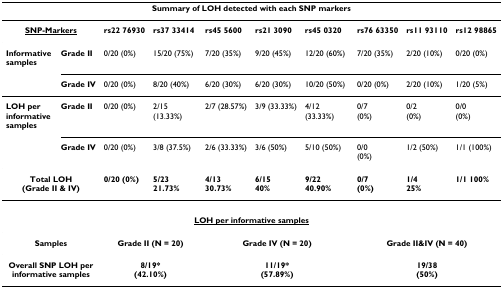
<table><thead><tr><td colspan="10"><b>Summary of LOH detected with each SNP markers</b></td></tr></thead><tbody><tr><td colspan="2"><b><underline>SNP-Markers</underline></b></td><td><b>rs22 76930</b></td><td><b>rs37 33414</b></td><td><b>rs45 5600</b></td><td><b>rs21 3090</b></td><td><b>rs45 0320</b></td><td><b>rs76 63350</b></td><td><b>rs11 93110</b></td><td><b>rs12 98865</b></td></tr><tr><td><b>Informative samples</b></td><td><b>Grade II</b></td><td>0/20 (0%)</td><td>15/20 (75%)</td><td>7/20 (35%)</td><td>9/20 (45%)</td><td>12/20 (60%)</td><td>7/20 (35%)</td><td>2/20 (10%)</td><td>0/20 (0%)</td></tr><tr><td></td><td><b>Grade IV</b></td><td>0/20 (0%)</td><td>8/20 (40%)</td><td>6/20 (30%)</td><td>6/20 (30%)</td><td>10/20 (50%)</td><td>0/20 (0%)</td><td>2/20 (10%)</td><td>1/20 (5%)</td></tr><tr><td><b>LOH per informative samples</b></td><td><b>Grade II</b></td><td>0/20 (0%)</td><td>2/15 (13.33%)</td><td>2/7 (28.57%)</td><td>3/9 (33.33%)</td><td>4/12 (33.33%)</td><td>0/7(0%)</td><td>0/2(0%)</td><td>0/0(0%)</td></tr><tr><td></td><td><b>Grade IV</b></td><td>0/20 (0%)</td><td>3/8 (37.5%)</td><td>2/6 (33.33%)</td><td>3/6 (50%)</td><td>5/10 (50%)</td><td>0/0(0%)</td><td>1/2 (50%)</td><td>1/1 (100%)</td></tr><tr><td colspan="2"><b>Total LOH</b><b>(Grade II &amp; IV)</b></td><td><b>0/20 (0%)</b></td><td><b>5/23</b><b>21.73%</b></td><td><b>4/13</b><b>30.73%</b></td><td><b>6/15</b><b>40%</b></td><td><b>9/22</b><b>40.90%</b></td><td><b>0/7</b><b>(0%)</b></td><td><b>1/4</b><b>25%</b></td><td><b>1/1 100%</b></td></tr><tr><td colspan="10"><b><underline>LOH per informative samples</underline></b></td></tr><tr><td colspan="2"><b>Samples</b></td><td colspan="2"><b>Grade II (N = 20)</b></td><td colspan="3"><b>Grade IV (N = 20)</b></td><td colspan="3"><b>Grade II&amp;IV (N = 40)</b></td></tr><tr><td colspan="2"><b>Overall SNP LOH per</b><b>informative samples</b></td><td colspan="2"><b>8/19*</b><b>(42.10%)</b></td><td colspan="3"><b>11/19*</b><b>(57.89%)</b></td><td colspan="3"><b>19/38</b><b>(50%)</b></td></tr></tbody></table>